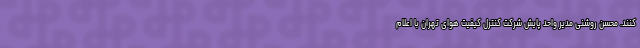
کنند. محسن روشنی مدیر واحد پایش شرکت کنترل کیفیت هوای تهران با اعلام